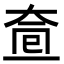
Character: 𡘟